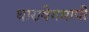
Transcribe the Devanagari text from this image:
धारावेगमापी